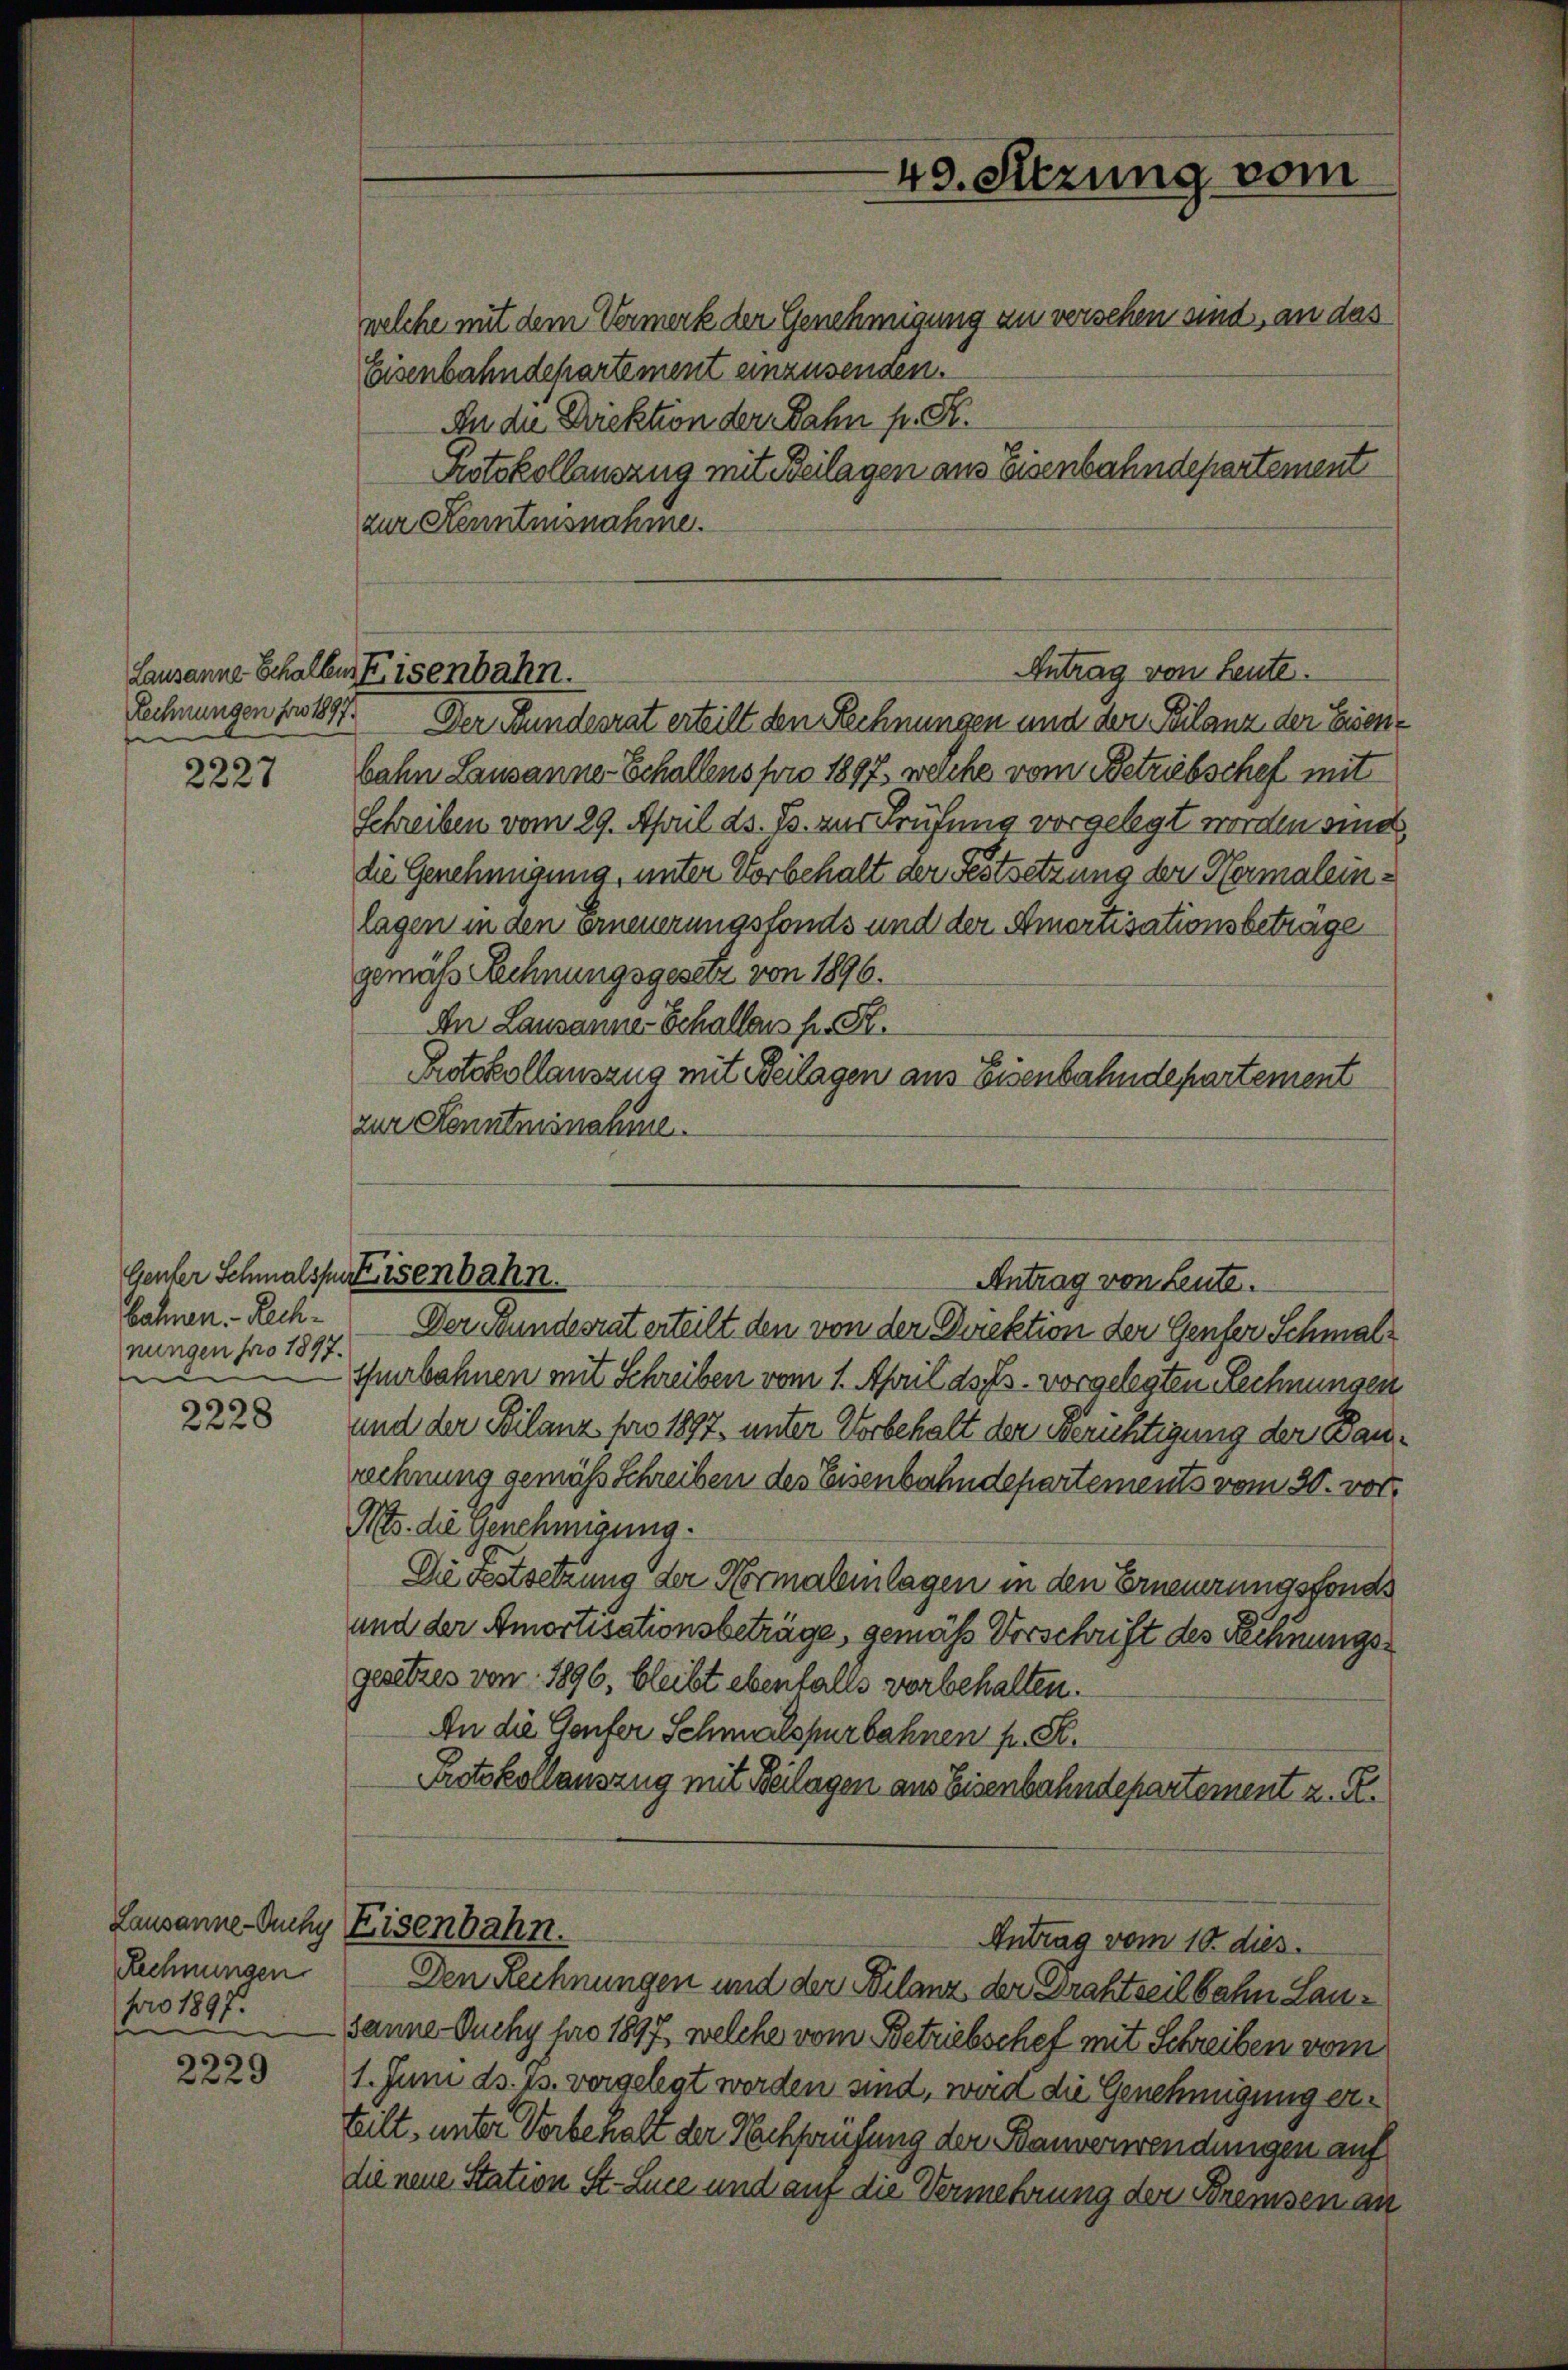
Lausanne Schallen, Eisenbahn.
Rechnungen foro 1897.
e

2227

Genter Schmalspeisenbahn.
bahnen. - Rechnungen pro 1897.
e

2228

Lausanne-Auhy Eisenbahn.
Rechnungen
pro 1897.

2229

welche mit dem Vermerk der Genehmigung zu versehen sind, an das
Eisenbahndepartement anzusenden.
An die Driektion der Dahn pr. K.
Rotokollauszug mit Beilagen aus Eisenbahndepartement
zur Kenntnisnahme.

49. Sitzung vom

Antrag von Leute.

Antrag von Leute.

Der Bundesrat erteilt den Rechnungen und der Bilanz der Eisenbahn Lausanne-Schallens pro 1897, welche vom Betriebschef mit
Schreiben vom 29. April ds. Js. zur Prüfung vorgelegt worden sind,
die Genehmigung, unter Vorbehalt der Festsetzung der Hermaleinlagen in den erneuerungsfonds und der Amortisationsbetrage
gemäss Lechnungsgesetz von 1896.
An Lausanner Schallaus fr. K.
Protokollauszug mit Beilagen aus Eisenbahndepartement
zur Kenntnisnahme.

Der Bundesrat erteilt den von der Direktion der Genfer Schmalshurbahnen mit Schreiben vom 1. April ds s. vorgelegten Rechnungen
und der Bilanz pro 1897, unter Vorbehalt der Berichtigung der Baurechnung gemäß Schreiben des Eisenbahndepartements vom 30. vor,
Ns. die Genehmigung.
Die Festsetzung der Normaleinlagen in den Erneuerungsfonds
und der Amortisationsbeträge, gemäß Vorschrift des Rechnungsgesetzes von 1896, bleibt ebenfalls vorbehalten.
An die Genfer Schmalspurbahnen pr. S.
Protokollauszug mit Beilagen aus Eisenbahndepartement z. R.
Antrag vom 10. dies
Den Rechnungen und der Bilanz der Drahtseit bahn Lausanne Auchy pro 1897, welche vom Betriebschef mit Schreiben vom
1. Juni ds. 15. vergelegt werden sind, wird die Genehmigung erteilt, unter Vorbehalt der Nachprüfung der Bauverwendungen auf
die neue Station St. Luce und auf die Vermehrung der Bremsen an